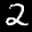
Label: 2